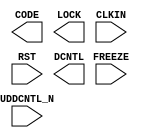
`timescale 100 ps/100 ps
module DDRDLL (
  CODE,
  FREEZE,
  LOCK,
  CLKIN,
  RST,
  DCNTL,
  UDDCNTL_N
)
;
output [8:0] CODE ;
input FREEZE ;
output LOCK ;
input CLKIN ;
input RST ;
output [8:0] DCNTL ;
input UDDCNTL_N ;
endmodule /* DDRDLL */

module ECLKSYNC (
  ECLKIN,
  ECLKOUT,
  STOP
)
;
input ECLKIN ;
output ECLKOUT ;
input STOP ;
endmodule /* ECLKSYNC */

module ECLKDIV (
  DIVOUT,
  DIVRST,
  ECLKIN,
  SLIP
)
;
output DIVOUT ;
input DIVRST ;
input ECLKIN ;
input SLIP ;
endmodule /* ECLKDIV */

module ODDRX2DQ (
  D0,
  D1,
  D2,
  D3,
  DQSW270,
  ECLK,
  SCLK,
  RST,
  Q
)
;
input D0 ;
input D1 ;
input D2 ;
input D3 ;
input DQSW270 ;
input ECLK ;
input SCLK ;
input RST ;
output Q ;
endmodule /* ODDRX2DQ */

module TSHX2DQS (
  T0,
  T1,
  DQSW,
  ECLK,
  SCLK,
  RST,
  Q
)
;
input T0 ;
input T1 ;
input DQSW ;
input ECLK ;
input SCLK ;
input RST ;
output Q ;
endmodule /* TSHX2DQS */

module TSHX2DQ (
  T0,
  T1,
  DQSW270,
  ECLK,
  SCLK,
  RST,
  Q
)
;
input T0 ;
input T1 ;
input DQSW270 ;
input ECLK ;
input SCLK ;
input RST ;
output Q ;
endmodule /* TSHX2DQ */

module ODDRX2DQS (
  D0,
  D1,
  D2,
  D3,
  DQSW,
  ECLK,
  SCLK,
  RST,
  Q
)
;
input D0 ;
input D1 ;
input D2 ;
input D3 ;
input DQSW ;
input ECLK ;
input SCLK ;
input RST ;
output Q ;
endmodule /* ODDRX2DQS */

module DQSBUF (
  BTDETECT,
  BURSTDETECT,
  DATAVALID,
  DQSI,
  DQSW,
  DQSWRD,
  PAUSE,
  RDCLKSEL,
  RDDIR,
  RDLOADN,
  RDPNTR,
  READ,
  READCOUT,
  READMOVE,
  RST,
  SCLK,
  SELCLK,
  DQSR90,
  DQSW270,
  WRCOUT,
  WRDIR,
  WRLOAD_N,
  WRLVCOUT,
  WRLVDIR,
  WRLVLOAD_N,
  WRLVMOVE,
  WRMOVE,
  WRPNTR,
  ECLKIN,
  RSTSMCNT,
  DLLCODE
)
;
output BTDETECT ;
output BURSTDETECT ;
output DATAVALID ;
input DQSI ;
output DQSW ;
output DQSWRD ;
input PAUSE ;
input [3:0] RDCLKSEL ;
input RDDIR ;
input RDLOADN ;
output [2:0] RDPNTR ;
input [3:0] READ ;
output READCOUT ;
input READMOVE ;
input RST ;
input SCLK ;
input SELCLK ;
output DQSR90 ;
output DQSW270 ;
output WRCOUT ;
input WRDIR ;
input WRLOAD_N ;
output WRLVCOUT ;
input WRLVDIR ;
input WRLVLOAD_N ;
input WRLVMOVE ;
input WRMOVE ;
output [2:0] WRPNTR ;
input ECLKIN ;
input RSTSMCNT ;
input [8:0] DLLCODE ;
endmodule /* DQSBUF */

module OSHX2 (
  D0,
  D1,
  ECLK,
  SCLK,
  RST,
  Q
)
;
input D0 ;
input D1 ;
input ECLK ;
input SCLK ;
input RST ;
output Q ;
endmodule /* OSHX2 */

module DELAYB (
  A,
  Z
)
;
input A ;
output Z ;
endmodule /* DELAYB */

module ODDRX1 (
  D0,
  D1,
  SCLK,
  RST,
  Q
)
;
input D0 ;
input D1 ;
input SCLK ;
input RST ;
output Q ;
endmodule /* ODDRX1 */

module ODDRX2 (
  D0,
  D1,
  D2,
  D3,
  SCLK,
  RST,
  ECLK,
  Q
)
;
input D0 ;
input D1 ;
input D2 ;
input D3 ;
input SCLK ;
input RST ;
input ECLK ;
output Q ;
endmodule /* ODDRX2 */

(* black_box_pad_pin="CKN,CKP,DN0,DN1,DN2,DN3,DP0,DP1,DP2,DP3" *)module DPHY (
  LMMICLK,
  LMMIRESET_N,
  LMMIREQUEST,
  LMMIWRRD_N,
  LMMIOFFSET,
  LMMIWDATA,
  LMMIRDATA,
  LMMIRDATAVALID,
  LMMIREADY,
  BITCKEXT,
  CKN,
  CKP,
  CLKREF,
  D0ACTIVE,
  D0BYTCNT,
  D0ERRCNT,
  D0PASS,
  D0VALID,
  D1ACTIVE,
  D1BYTCNT,
  D1ERRCNT,
  D1PASS,
  D1VALID,
  D2ACTIVE,
  D2BYTCNT,
  D2ERRCNT,
  D2PASS,
  D2VALID,
  D3ACTIVE,
  D3BYTCNT,
  D3ERRCNT,
  D3PASS,
  D3VALID,
  DCTSTOUT,
  DN0,
  DN1,
  DN2,
  DN3,
  DP0,
  DP1,
  DP2,
  DP3,
  LOCK,
  PDDPHY,
  PDPLL,
  SCCLKIN,
  UDIR,
  UED0THEN,
  UERCLP0,
  UERCLP1,
  UERCTRL,
  UERE,
  UERSTHS,
  UERSSHS,
  UERSE,
  UFRXMODE,
  UTXMDTX,
  URXACTHS,
  URXCKE,
  URXCKINE,
  URXDE,
  URXDHS,
  URXLPDTE,
  URXSKCHS,
  URXDRX,
  URXSHS,
  URE0D3DP,
  URE1D3DN,
  URE2CKDP,
  URE3CKDN,
  URXULPSE,
  URXVDE,
  URXVDHS,
  USSTT,
  UTDIS,
  UTXCKE,
  UDE0D0TN,
  UDE1D1TN,
  UDE2D2TN,
  UDE3D3TN,
  UDE4CKTN,
  UDE5D0RN,
  UDE6D1RN,
  UDE7D2RN,
  UTXDHS,
  UTXENER,
  UTXRRS,
  UTXRYP,
  UTXRYSK,
  UTXRD0EN,
  UTRD0SEN,
  UTXSKD0N,
  UTXTGE0,
  UTXTGE1,
  UTXTGE2,
  UTXTGE3,
  UTXULPSE,
  UTXUPSEX,
  UTXVDE,
  UTXWVDHS,
  UUSAN,
  U1DIR,
  U1ENTHEN,
  U1ERCLP0,
  U1ERCLP1,
  U1ERCTRL,
  U1ERE,
  U1ERSTHS,
  U1ERSSHS,
  U1ERSE,
  U1FRXMD,
  U1FTXST,
  U1RXATHS,
  U1RXCKE,
  U1RXDE,
  U1RXDHS,
  U1RXDTE,
  U1RXSKS,
  U1RXSK,
  U1RXSHS,
  U1RE0D,
  U1RE1CN,
  U1RE2D,
  U1RE3N,
  U1RXUPSE,
  U1RXVDE,
  U1RXVDHS,
  U1SSTT,
  U1TDIS,
  U1TREQ,
  U1TDE0D3,
  U1TDE1CK,
  U1TDE2D0,
  U1TDE3D1,
  U1TDE4D2,
  U1TDE5D3,
  U1TDE6,
  U1TDE7,
  U1TXDHS,
  U1TXLPD,
  U1TXRYE,
  U1TXRY,
  U1TXRYSK,
  U1TXREQ,
  U1TXREQH,
  U1TXSK,
  U1TXTGE0,
  U1TXTGE1,
  U1TXTGE2,
  U1TXTGE3,
  U1TXUPSE,
  U1TXUPSX,
  U1TXVDE,
  U1TXWVHS,
  U1USAN,
  U2DIR,
  U2END2,
  U2ERCLP0,
  U2ERCLP1,
  U2ERCTRL,
  U2ERE,
  U2ERSTHS,
  U2ERSSHS,
  U2ERSE,
  U2FRXMD,
  U2FTXST,
  U2RXACHS,
  U2RXCKE,
  U2RXDE,
  U2RXDHS,
  U2RPDTE,
  U2RXSK,
  U2RXSKC,
  U2RXSHS,
  U2RE0D2,
  U2RE1D2,
  U2RE2D3,
  U2RE3D3,
  U2RXUPSE,
  U2RXVDE,
  U2RXVDHS,
  U2SSTT,
  U2TDIS,
  U2TREQ,
  U2TDE0D0,
  U2TDE1D1,
  U2TDE2D2,
  U2TDE3D3,
  U2TDE4CK,
  U2TDE5D0,
  U2TDE6D1,
  U2TDE7D2,
  U2TXDHS,
  U2TPDTE,
  U2TXRYE,
  U2TXRYH,
  U2TXRYSK,
  U2TXREQ,
  U2TXREQH,
  U2TXSKC,
  U2TXTGE0,
  U2TXTGE1,
  U2TXTGE2,
  U2TXTGE3,
  U2TXUPSE,
  U2TXUPSX,
  U2TXVDE,
  U2TXWVHS,
  U2USAN,
  U3DIR,
  U3END3,
  U3ERCLP0,
  U3ERCLP1,
  U3ERCTRL,
  U3ERE,
  U3ERSTHS,
  U3ERSSHS,
  U3ERSE,
  U3FRXMD,
  U3FTXST,
  U3RXATHS,
  U3RXCKE,
  U3RXDE,
  U3RXDHS,
  U3RPDTE,
  U3RXSK,
  U3RXSKC,
  U3RXSHS,
  U3RE0CK,
  U3RE1CK,
  U3RE2,
  U3RE3,
  U3RXUPSE,
  U3RXVDE,
  U3RXVDHS,
  U3SSTT,
  U3TDISD2,
  U3TREQD2,
  U3TDE0D3,
  U3TDE1D0,
  U3TDE2D1,
  U3TDE3D2,
  U3TDE4D3,
  U3TDE5CK,
  U3TDE6,
  U3TDE7,
  U3TXDHS,
  U3TXLPDT,
  U3TXRY,
  U3TXRYHS,
  U3TXRYSK,
  U3TXREQ,
  U3TXREQH,
  U3TXSKC,
  U3TXTGE0,
  U3TXTGE1,
  U3TXTGE2,
  U3TXTGE3,
  U3TXULPS,
  U3TXUPSX,
  U3TXVD3,
  U3TXWVHS,
  U3USAN,
  UCENCK,
  UCRXCKAT,
  UCRXUCKN,
  UCSSTT,
  UCTXREQH,
  UCTXUPSC,
  UCTXUPSX,
  UCUSAN,
  LTSTEN,
  LTSTLANE,
  URWDCKHS,
  UTRNREQ,
  UTWDCKHS,
  UCRXWCHS,
  CLKLBACT
)
;
input LMMICLK ;
input LMMIRESET_N ;
input LMMIREQUEST ;
input LMMIWRRD_N ;
input [4:0] LMMIOFFSET ;
input [3:0] LMMIWDATA ;
output [3:0] LMMIRDATA ;
output LMMIRDATAVALID ;
output LMMIREADY ;
input BITCKEXT ;
inout CKN /* synthesis syn_tristate = 1 */ ;
inout CKP /* synthesis syn_tristate = 1 */ ;
input CLKREF ;
output [1:0] D0ACTIVE ;
output [9:0] D0BYTCNT ;
output [9:0] D0ERRCNT ;
output [1:0] D0PASS ;
output [1:0] D0VALID ;
output [1:0] D1ACTIVE ;
output [9:0] D1BYTCNT ;
output [9:0] D1ERRCNT ;
output [1:0] D1PASS ;
output [1:0] D1VALID ;
output [1:0] D2ACTIVE ;
output [9:0] D2BYTCNT ;
output [9:0] D2ERRCNT ;
output [1:0] D2PASS ;
output [1:0] D2VALID ;
output [1:0] D3ACTIVE ;
output [9:0] D3BYTCNT ;
output [9:0] D3ERRCNT ;
output [1:0] D3PASS ;
output [1:0] D3VALID ;
output [9:0] DCTSTOUT ;
inout DN0 /* synthesis syn_tristate = 1 */ ;
inout DN1 /* synthesis syn_tristate = 1 */ ;
inout DN2 /* synthesis syn_tristate = 1 */ ;
inout DN3 /* synthesis syn_tristate = 1 */ ;
inout DP0 /* synthesis syn_tristate = 1 */ ;
inout DP1 /* synthesis syn_tristate = 1 */ ;
inout DP2 /* synthesis syn_tristate = 1 */ ;
inout DP3 /* synthesis syn_tristate = 1 */ ;
output LOCK ;
input PDDPHY ;
input PDPLL ;
input SCCLKIN ;
output UDIR ;
input UED0THEN ;
output UERCLP0 ;
output UERCLP1 ;
output UERCTRL ;
output UERE ;
output UERSTHS ;
output UERSSHS ;
output UERSE ;
input UFRXMODE ;
input UTXMDTX ;
output URXACTHS ;
output URXCKE ;
input URXCKINE ;
output [7:0] URXDE ;
output [15:0] URXDHS ;
output URXLPDTE ;
output URXSKCHS ;
output URXDRX ;
output [3:0] URXSHS ;
output URE0D3DP ;
output URE1D3DN ;
output URE2CKDP ;
output URE3CKDN ;
output URXULPSE ;
output URXVDE ;
output [3:0] URXVDHS ;
output USSTT ;
input UTDIS ;
input UTXCKE ;
input UDE0D0TN ;
input UDE1D1TN ;
input UDE2D2TN ;
input UDE3D3TN ;
input UDE4CKTN ;
input UDE5D0RN ;
input UDE6D1RN ;
input UDE7D2RN ;
input [31:0] UTXDHS ;
input UTXENER ;
output UTXRRS ;
output UTXRYP ;
output UTXRYSK ;
input UTXRD0EN ;
input UTRD0SEN ;
input UTXSKD0N ;
input UTXTGE0 ;
input UTXTGE1 ;
input UTXTGE2 ;
input UTXTGE3 ;
input UTXULPSE ;
input UTXUPSEX ;
input UTXVDE ;
input [3:0] UTXWVDHS ;
output UUSAN ;
output U1DIR ;
input U1ENTHEN ;
output U1ERCLP0 ;
output U1ERCLP1 ;
output U1ERCTRL ;
output U1ERE ;
output U1ERSTHS ;
output U1ERSSHS ;
output U1ERSE ;
input U1FRXMD ;
input U1FTXST ;
output U1RXATHS ;
output U1RXCKE ;
output [7:0] U1RXDE ;
output [15:0] U1RXDHS ;
output U1RXDTE ;
output U1RXSKS ;
output U1RXSK ;
output [3:0] U1RXSHS ;
output U1RE0D ;
output U1RE1CN ;
output U1RE2D ;
output U1RE3N ;
output U1RXUPSE ;
output U1RXVDE ;
output [3:0] U1RXVDHS ;
output U1SSTT ;
input U1TDIS ;
input U1TREQ ;
input U1TDE0D3 ;
input U1TDE1CK ;
input U1TDE2D0 ;
input U1TDE3D1 ;
input U1TDE4D2 ;
input U1TDE5D3 ;
input U1TDE6 ;
input U1TDE7 ;
input [31:0] U1TXDHS ;
input U1TXLPD ;
output U1TXRYE ;
output U1TXRY ;
output U1TXRYSK ;
input U1TXREQ ;
input U1TXREQH ;
input U1TXSK ;
input U1TXTGE0 ;
input U1TXTGE1 ;
input U1TXTGE2 ;
input U1TXTGE3 ;
input U1TXUPSE ;
input U1TXUPSX ;
input U1TXVDE ;
input [3:0] U1TXWVHS ;
output U1USAN ;
output U2DIR ;
input U2END2 ;
output U2ERCLP0 ;
output U2ERCLP1 ;
output U2ERCTRL ;
output U2ERE ;
output U2ERSTHS ;
output U2ERSSHS ;
output U2ERSE ;
input U2FRXMD ;
input U2FTXST ;
output U2RXACHS ;
output U2RXCKE ;
output [7:0] U2RXDE ;
output [15:0] U2RXDHS ;
output U2RPDTE ;
output U2RXSK ;
output U2RXSKC ;
output [3:0] U2RXSHS ;
output U2RE0D2 ;
output U2RE1D2 ;
output U2RE2D3 ;
output U2RE3D3 ;
output U2RXUPSE ;
output U2RXVDE ;
output [3:0] U2RXVDHS ;
output U2SSTT ;
input U2TDIS ;
input U2TREQ ;
input U2TDE0D0 ;
input U2TDE1D1 ;
input U2TDE2D2 ;
input U2TDE3D3 ;
input U2TDE4CK ;
input U2TDE5D0 ;
input U2TDE6D1 ;
input U2TDE7D2 ;
input [31:0] U2TXDHS ;
input U2TPDTE ;
output U2TXRYE ;
output U2TXRYH ;
output U2TXRYSK ;
input U2TXREQ ;
input U2TXREQH ;
input U2TXSKC ;
input U2TXTGE0 ;
input U2TXTGE1 ;
input U2TXTGE2 ;
input U2TXTGE3 ;
input U2TXUPSE ;
input U2TXUPSX ;
input U2TXVDE ;
input [3:0] U2TXWVHS ;
output U2USAN ;
output U3DIR ;
input U3END3 ;
output U3ERCLP0 ;
output U3ERCLP1 ;
output U3ERCTRL ;
output U3ERE ;
output U3ERSTHS ;
output U3ERSSHS ;
output U3ERSE ;
input U3FRXMD ;
input U3FTXST ;
output U3RXATHS ;
output U3RXCKE ;
output [7:0] U3RXDE ;
output [15:0] U3RXDHS ;
output U3RPDTE ;
output U3RXSK ;
output U3RXSKC ;
output [3:0] U3RXSHS ;
output U3RE0CK ;
output U3RE1CK ;
output U3RE2 ;
output U3RE3 ;
output U3RXUPSE ;
output U3RXVDE ;
output [3:0] U3RXVDHS ;
output U3SSTT ;
input U3TDISD2 ;
input U3TREQD2 ;
input U3TDE0D3 ;
input U3TDE1D0 ;
input U3TDE2D1 ;
input U3TDE3D2 ;
input U3TDE4D3 ;
input U3TDE5CK ;
input U3TDE6 ;
input U3TDE7 ;
input [31:0] U3TXDHS ;
input U3TXLPDT ;
output U3TXRY ;
output U3TXRYHS ;
output U3TXRYSK ;
input U3TXREQ ;
input U3TXREQH ;
input U3TXSKC ;
input U3TXTGE0 ;
input U3TXTGE1 ;
input U3TXTGE2 ;
input U3TXTGE3 ;
input U3TXULPS ;
input U3TXUPSX ;
input U3TXVD3 ;
input [3:0] U3TXWVHS ;
output U3USAN ;
input UCENCK ;
output UCRXCKAT ;
output UCRXUCKN ;
output UCSSTT ;
input UCTXREQH ;
input UCTXUPSC ;
input UCTXUPSX ;
output UCUSAN ;
input LTSTEN ;
input [1:0] LTSTLANE ;
output URWDCKHS ;
input UTRNREQ ;
output UTWDCKHS ;
output UCRXWCHS ;
output CLKLBACT ;
endmodule /* DPHY */

module PLL (
  INTFBKOP,
  INTFBKOS,
  INTFBKOS2,
  INTFBKOS3,
  INTFBKOS4,
  INTFBKOS5,
  DIR,
  DIRSEL,
  LOADREG,
  DYNROTATE,
  LMMICLK,
  LMMIRESET_N,
  LMMIREQUEST,
  LMMIWRRD_N,
  LMMIOFFSET,
  LMMIWDATA,
  LMMIRDATA,
  LMMIRDATAVALID,
  LMMIREADY,
  PLLPOWERDOWN_N,
  REFCK,
  CLKOP,
  CLKOS,
  CLKOS2,
  CLKOS3,
  CLKOS4,
  CLKOS5,
  ENCLKOP,
  ENCLKOS,
  ENCLKOS2,
  ENCLKOS3,
  ENCLKOS4,
  ENCLKOS5,
  FBKCK,
  INTLOCK,
  LEGACY,
  LEGRDYN,
  LOCK,
  PFDDN,
  PFDUP,
  PLLRESET,
  STDBY,
  REFMUXCK,
  REGQA,
  REGQB,
  REGQB1,
  CLKOUTDL,
  ROTDEL,
  DIRDEL,
  ROTDELP1,
  GRAYTEST,
  BINTEST,
  DIRDELP1,
  GRAYACT,
  BINACT
)
;
output INTFBKOP ;
output INTFBKOS ;
output INTFBKOS2 ;
output INTFBKOS3 ;
output INTFBKOS4 ;
output INTFBKOS5 ;
input DIR ;
input [2:0] DIRSEL ;
input LOADREG ;
input DYNROTATE ;
input LMMICLK ;
input LMMIRESET_N ;
input LMMIREQUEST ;
input LMMIWRRD_N ;
input [6:0] LMMIOFFSET ;
input [7:0] LMMIWDATA ;
output [7:0] LMMIRDATA ;
output LMMIRDATAVALID ;
output LMMIREADY ;
input PLLPOWERDOWN_N ;
input REFCK ;
output CLKOP ;
output CLKOS ;
output CLKOS2 ;
output CLKOS3 ;
output CLKOS4 ;
output CLKOS5 ;
input ENCLKOP ;
input ENCLKOS ;
input ENCLKOS2 ;
input ENCLKOS3 ;
input ENCLKOS4 ;
input ENCLKOS5 ;
input FBKCK ;
output INTLOCK ;
input LEGACY ;
output LEGRDYN ;
output LOCK ;
output PFDDN ;
output PFDUP ;
input PLLRESET ;
input STDBY ;
output REFMUXCK ;
output REGQA ;
output REGQB ;
output REGQB1 ;
output CLKOUTDL ;
input ROTDEL ;
input DIRDEL ;
input ROTDELP1 ;
input [4:0] GRAYTEST ;
input [1:0] BINTEST ;
input DIRDELP1 ;
input [4:0] GRAYACT ;
input [1:0] BINACT ;
endmodule /* PLL */